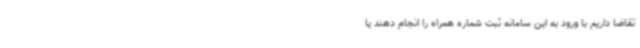
تقاضا داریم با ورود به این سامانه ثبت شماره همراه را انجام دهند یا